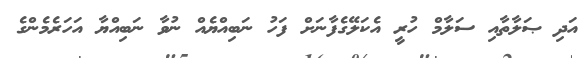
އަދި ޞަލާތާއި ސަލާމް ހުރީ އެކަލޭގެފާނަށް ފަހު ނަބިއްޔެއް ނުވާ ނަބިއްޔާ އަހަރެމެންގެ